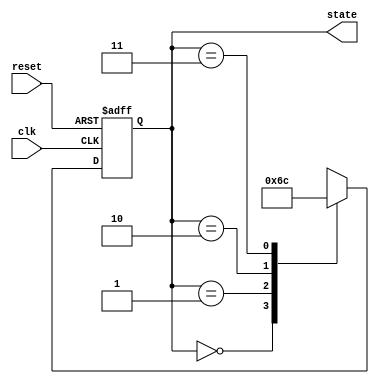
module PreConfiguredStateInitialization (
    input wire clk,          // Clock signal
    input wire reset,        // Active-high reset signal
    output reg [1:0] state   // State output (2 bits for 4 states)
);

// State encoding
localparam S0 = 2'b00;    // Initial state
localparam S1 = 2'b01;    // State 1
localparam S2 = 2'b10;    // State 2
localparam S3 = 2'b11;    // State 3

// Sequential logic for state initialization and transitions
always @(posedge clk or posedge reset) begin
    if (reset) begin
        // On reset, initialize state to S0
        state <= S0;
    end else begin
        // State transition logic (example)
        case (state)
            S0: state <= S1;  // Transition from S0 to S1
            S1: state <= S2;  // Transition from S1 to S2
            S2: state <= S3;  // Transition from S2 to S3
            S3: state <= S0;  // Loop back to S0
            default: state <= S0; // Default case to ensure known state
        endcase
    end
end

endmodule